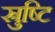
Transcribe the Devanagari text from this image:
स्रुष्टि